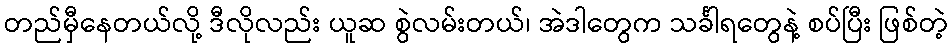
တည်မှီနေတယ်လို့ ဒီလိုလည်း ယူဆ စွဲလမ်းတယ်၊ အဲဒါတွေက သင်္ခါရတွေနဲ့ စပ်ပြီး ဖြစ်တဲ့